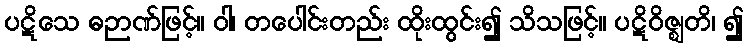
ပဋိသေ ဓဉာဏ်ဖြင့်။ ဝါ၊ တပေါင်းတည်း ထိုးထွင်း၍ သိသဖြင့်။ ပဋိဝိဇ္ဈတိ၊ ၍